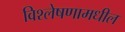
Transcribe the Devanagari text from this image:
विश्लेषणामधील